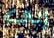
إلى